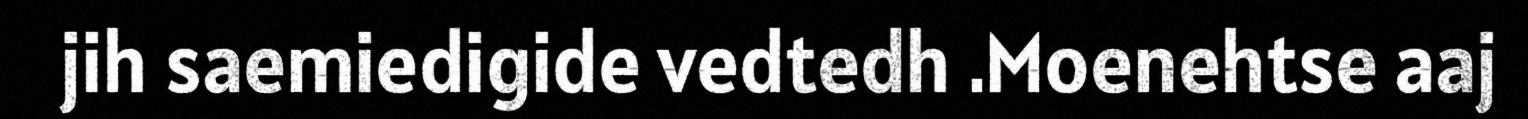
jih saemiedigide vedtedh .Moenehtse aaj